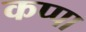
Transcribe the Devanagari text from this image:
कप्‍पा